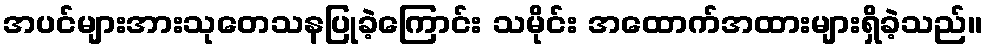
အပင်များအားသုတေသနပြုခဲ့ကြောင်း သမိုင်း အထောက်အထားများရှိခဲ့သည်။